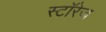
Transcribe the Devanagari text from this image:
स्टॉरेज